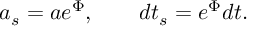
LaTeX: a _ { s } = a e ^ { \Phi } , \qquad d t _ { s } = e ^ { \Phi } d t .